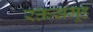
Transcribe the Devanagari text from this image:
रक्तसमूह